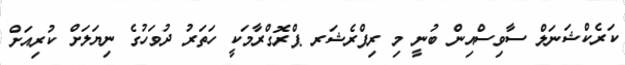
ކަރެކްޝަނަލް ސާވިސްއިން ބުނީ މި ރިފްރެޝަރ ޕްރޮގްރާމަކީ ހަތަރު ދުވަހުގެ ނިޔަލަށް ކުރިއަށް